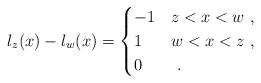
LaTeX: \begin{align*}l_z(x) - l_w(x) = \begin{cases}-1 & z < x < w\ ,\\1 & w < x < z\ ,\\0 & \ .\end{cases}\end{align*}